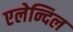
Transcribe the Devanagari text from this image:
एलेन्दिल